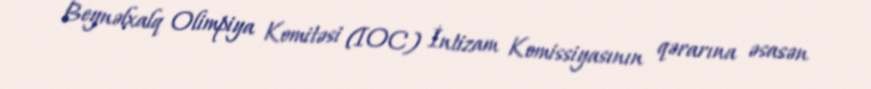
Beynəlxalq Olimpiya Komitəsi (IOC) İntizam Komissiyasının qərarına əsasən